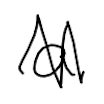
Text: a
Cross-out: mix
Writing tool: digital_black